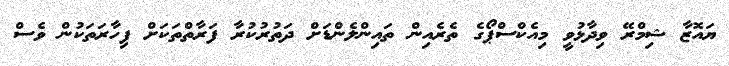
ޔައޮޒާ ޝިމްރޭ ވިދާޅުވީ މިއެކްސްޕޯގެ ތެރެއިން ތައިންލެންޑަށް ދަތުރުކުރާ ފަރާތްތަކަށް ފިހާރަތަކުން ވެސް